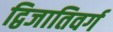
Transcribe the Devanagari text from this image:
द्विजातिवर्ग